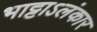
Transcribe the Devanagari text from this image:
भाट्टाऽलंकार